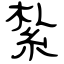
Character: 紮